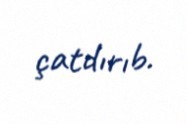
çatdırıb.